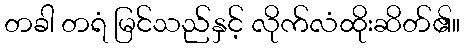
တခါ တရံ မြင်သည်နှင့် လိုက်လံထိုးဆိတ်၏။